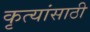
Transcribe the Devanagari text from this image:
कृत्यांसाठी